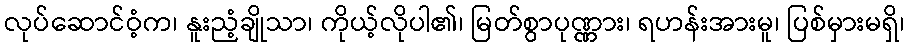
လုပ်ဆောင်ဝံ့က၊ နူးညံ့ချိုသာ၊ ကိုယ့်လိုပါ၏၊ မြတ်စွာပုဏ္ဏား၊ ရဟန်းအားမူ၊ ပြစ်မှားမရှိ၊